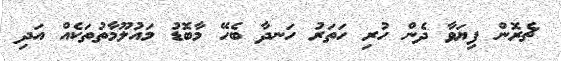
ޗެރޮން ފިޔަވާ ދެން ހުރި ހަތަރު ހަނދާ ބެހޭ މާބޮޑު މައުލޫމާތުތަކެއް އަދި